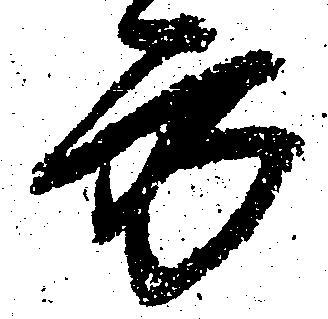
方